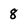
Character: 8